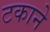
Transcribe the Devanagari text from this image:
टकाने